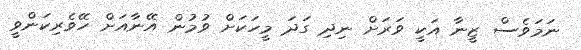
ނަމަވެސް ޒީނާ އަކީ ވަރަށް ނިދި ގަދަ މީހަކަށް ވުމުން އޭނާއަށް ހޭވެރިކަންވީ